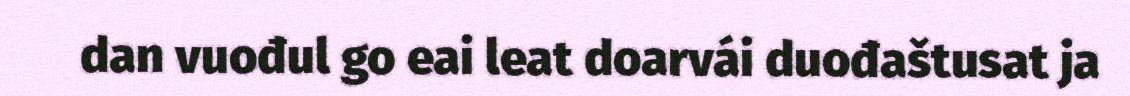
dan vuođul go eai leat doarvái duođaštusat ja